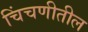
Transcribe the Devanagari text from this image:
चिंचणीतील